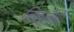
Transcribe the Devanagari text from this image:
निकलेंगी।